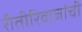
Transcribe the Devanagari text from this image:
रीतीरिवाजांची